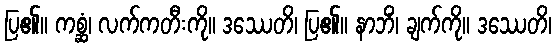
ပြ၏။ ကစ္ဆံ၊ လက်ကတီးကို။ ဒဿေတိ၊ ပြ၏။ နာဘိံ၊ ချက်ကို။ ဒဿေတိ၊